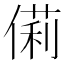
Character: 𠍆